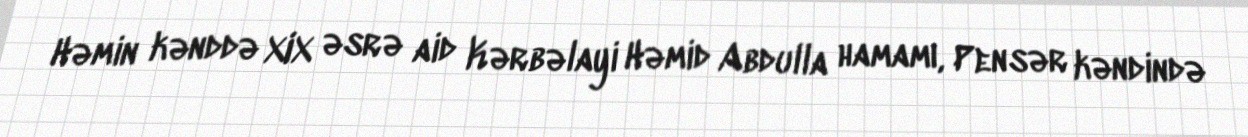
Həmin kənddə XIX əsrə aid Kərbəlayi Həmid Abdulla hamamı, Pensər kəndində